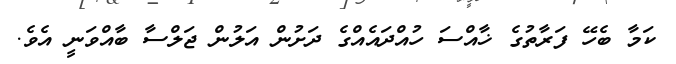
ކަމާ ބެހޭ ފަރާތުގެ ޚާއްސަ ހުއްދައެއްގެ ދަށުން އަލުން ޖަލްސާ ބާއްވަނީ އެވެ.